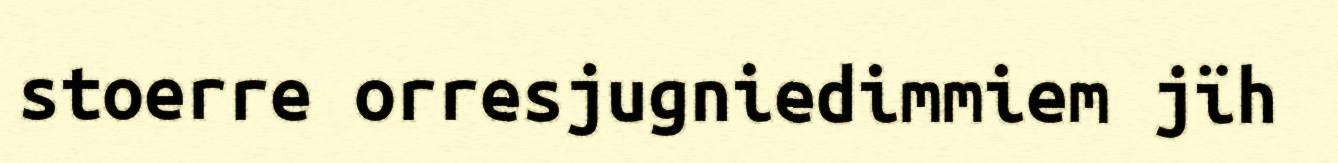
stoerre orresjugniedimmiem jïh